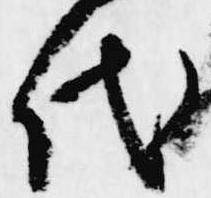
代